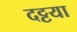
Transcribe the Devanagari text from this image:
दट्टया